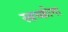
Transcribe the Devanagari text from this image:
स्त्रथ्कोना